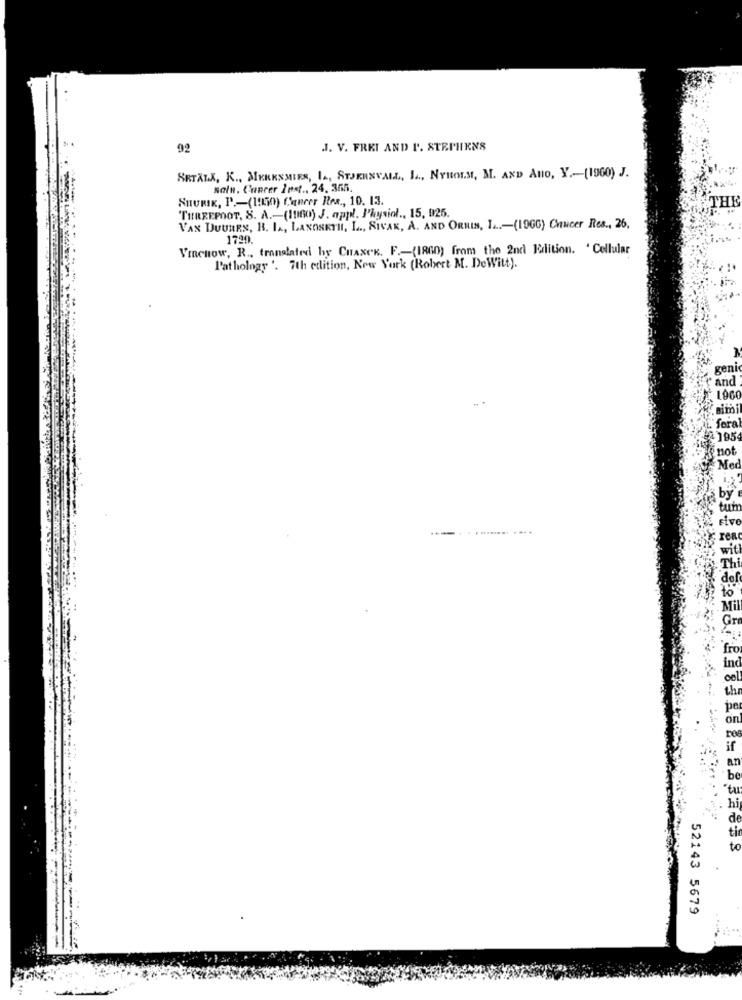
92
J. V. FREI AND I'. STEPHENS
SRTALK, K ., MERKSMIES, IA, STJEANVALL, L ., NYHOLM, M. AND Ano, Y .- (1900) J.
sain. Cancer Iprf ., 24. 365.
SHURIK, P .- (1970) Cancer Res ., 10. 13.
THREEPOOT, S. A .- (1960) J. appl. Physial ., 15, 025.
VAN DUURES, B. I ., LANOSETHI, L ., SIVAK, A. AND ORNIN, I ...- (19GG) Chucer Res ., 26.
1720.
VIRCHOW, R ., translated by CHANCE. F .- (1860) from the 2nd Edition. ' Cellular
Pathology '. 7th edition, New York (Robert M. DeWitt).
gen
and
1900
fora
795
not
Med
52143 5679